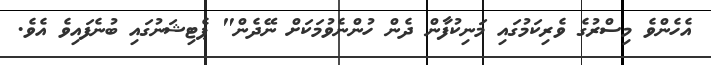
އެހެންވެ މިސްރުގެ ވެރިކަމުގައި މަނިކުފާން ދެން ހުންނެވުމަކަށް ނޭދެން" ޕެޓިޝަނުގައި ބުނެފައިވެ އެވެ.